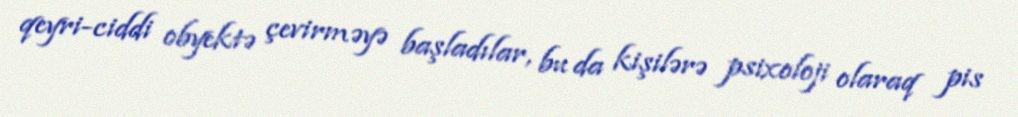
qeyri-ciddi obyektə çevirməyə başladılar, bu da kişilərə psixoloji olaraq pis